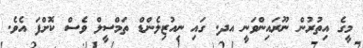
މީގެ އިތުރުން ނޫރައިންވަނީ އދ. ގައި ނިއުޒިލެންޑް ތަމްސީލް ވެސް ކޮށްފަ އެވެ.